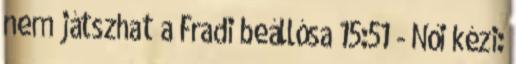
nem játszhat a Fradi beállósa 15:51 - Női kézi: